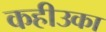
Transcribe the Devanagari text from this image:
कहीउका